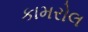
કામરોલ